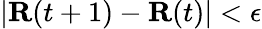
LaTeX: |\mathbf{R}(t+1)-\mathbf{R}(t)|<\epsilon